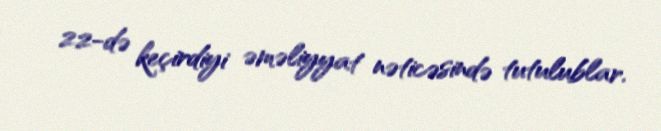
22-də keçirdiyi əməliyyat nəticəsində tutulublar.